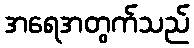
အရေအတွက်သည်